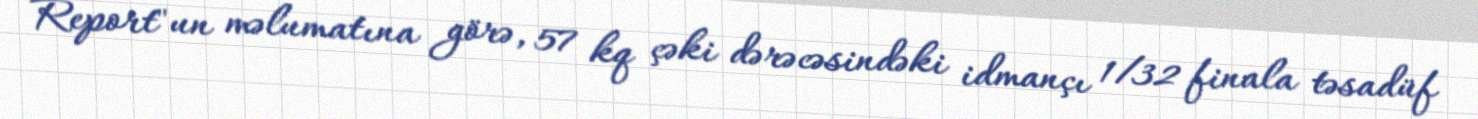
Report"un məlumatına görə, 57 kq çəki dərəcəsindəki idmançı 1/32 finala təsadüf